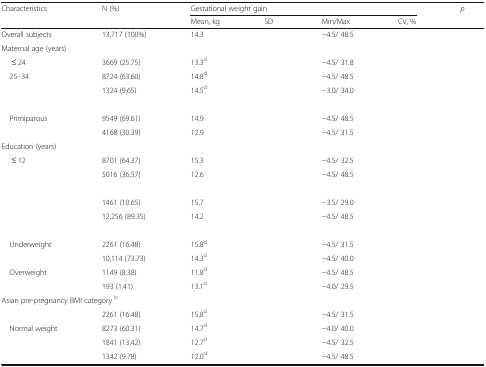
<table><thead><tr><td rowspan="2"><b>Characteristics</b></td><td rowspan="2"><b>N (%)</b></td><td colspan="4"><b>Gestational weight gain</b></td><td rowspan="2"><b><i>p</i></b></td></tr><tr><td><b>Mean, kg</b></td><td><b>SD</b></td><td><b>Min/Max</b></td><td><b>CV, %</b></td></tr></thead><tbody><tr><td>Overall subjects</td><td>13,717 (100%)</td><td>14.3</td><td>[EMPTY_CELL]</td><td>−4.5/ 48.5</td><td>[EMPTY_CELL]</td><td>[EMPTY_CELL]</td></tr><tr><td colspan="7">Maternal age (years)</td></tr><tr><td>≤ 24</td><td>3669 (25.75)</td><td>13.3<sup>d</sup></td><td>[EMPTY_CELL]</td><td>−4.5/ 31.8</td><td>[EMPTY_CELL]</td><td>[EMPTY_CELL]</td></tr><tr><td> 25–34</td><td>8724 (63.60)</td><td>14.8<sup>d</sup></td><td>[EMPTY_CELL]</td><td>−4.5/ 48.5</td><td>[EMPTY_CELL]</td><td>[EMPTY_CELL]</td></tr><tr><td>[EMPTY_CELL]</td><td>1324 (9.65)</td><td>14.5<sup>d</sup></td><td>[EMPTY_CELL]</td><td>−3.0/ 34.0</td><td>[EMPTY_CELL]</td><td>[EMPTY_CELL]</td></tr><tr><td colspan="7">[EMPTY_CELL]</td></tr><tr><td> Primiparous</td><td>9549 (69.61)</td><td>14.9</td><td>[EMPTY_CELL]</td><td>−4.5/ 48.5</td><td>[EMPTY_CELL]</td><td>[EMPTY_CELL]</td></tr><tr><td>[EMPTY_CELL]</td><td>4168 (30.39)</td><td>12.9</td><td>[EMPTY_CELL]</td><td>−4.5/ 31.5</td><td>[EMPTY_CELL]</td><td>[EMPTY_CELL]</td></tr><tr><td colspan="7">Education (years)</td></tr><tr><td>≤ 12</td><td>8701 (64.37)</td><td>15.3</td><td>[EMPTY_CELL]</td><td>−4.5/ 32.5</td><td>[EMPTY_CELL]</td><td>[EMPTY_CELL]</td></tr><tr><td>[EMPTY_CELL]</td><td>5016 (36.57)</td><td>12.6</td><td>[EMPTY_CELL]</td><td>−4.5/ 48.5</td><td>[EMPTY_CELL]</td><td>[EMPTY_CELL]</td></tr><tr><td colspan="7">[EMPTY_CELL]</td></tr><tr><td>[EMPTY_CELL]</td><td>1461 (10.65)</td><td>15.7</td><td>[EMPTY_CELL]</td><td>−3.5/ 29.0</td><td>[EMPTY_CELL]</td><td>[EMPTY_CELL]</td></tr><tr><td>[EMPTY_CELL]</td><td>12,256 (89.35)</td><td>14.2</td><td>[EMPTY_CELL]</td><td>−4.5/ 48.5</td><td>[EMPTY_CELL]</td><td>[EMPTY_CELL]</td></tr><tr><td colspan="7">[EMPTY_CELL]</td></tr><tr><td> Underweight</td><td>2261 (16.48)</td><td>15.8<sup>d</sup></td><td>[EMPTY_CELL]</td><td>−4.5/ 31.5</td><td>[EMPTY_CELL]</td><td>[EMPTY_CELL]</td></tr><tr><td>[EMPTY_CELL]</td><td>10,114 (73.73)</td><td>14.3<sup>d</sup></td><td>[EMPTY_CELL]</td><td>−4.5/ 40.0</td><td>[EMPTY_CELL]</td><td>[EMPTY_CELL]</td></tr><tr><td> Overweight</td><td>1149 (8.38)</td><td>11.8<sup>d</sup></td><td>[EMPTY_CELL]</td><td>−4.5/ 48.5</td><td>[EMPTY_CELL]</td><td>[EMPTY_CELL]</td></tr><tr><td>[EMPTY_CELL]</td><td>193 (1.41)</td><td>13.1<sup>d</sup></td><td>[EMPTY_CELL]</td><td>−4.0/ 29.5</td><td>[EMPTY_CELL]</td><td>[EMPTY_CELL]</td></tr><tr><td colspan="7">Asian pre-pregnancy BMI category <sup>b</sup></td></tr><tr><td>[EMPTY_CELL]</td><td>2261 (16.48)</td><td>15.8<sup>d</sup></td><td>[EMPTY_CELL]</td><td>−4.5/ 31.5</td><td>[EMPTY_CELL]</td><td>[EMPTY_CELL]</td></tr><tr><td> Normal weight</td><td>8273 (60.31)</td><td>14.7<sup>d</sup></td><td>[EMPTY_CELL]</td><td>−4.0/ 40.0</td><td>[EMPTY_CELL]</td><td>[EMPTY_CELL]</td></tr><tr><td>[EMPTY_CELL]</td><td>1841 (13.42)</td><td>12.7<sup>d</sup></td><td>[EMPTY_CELL]</td><td>−4.5/ 32.5</td><td>[EMPTY_CELL]</td><td>[EMPTY_CELL]</td></tr><tr><td>[EMPTY_CELL]</td><td>1342 (9.78)</td><td>12.0<sup>d</sup></td><td>[EMPTY_CELL]</td><td>−4.5/ 48.5</td><td>[EMPTY_CELL]</td><td>[EMPTY_CELL]</td></tr></tbody></table>